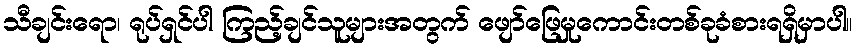
သီချင်းရော၊ ရုပ်ရှင်ပါ ကြည့်ချင်သူများအတွက် ဖျော်ဖြေမှုကောင်းတစ်ခုခံစားရရှိမှာပါ။